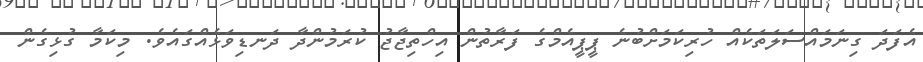
އެފަދަ ގިނަމައްސަލަތަކެއް ހުރިކަމަށްބުނެ ޕީޕީއެމްގެ ފަރާތުން އިހްތިޖާޖު ކުރަމުންދާ ދަނޑިވަޅެއްގައެވެ. މިކަމާ ގުޅިގެން